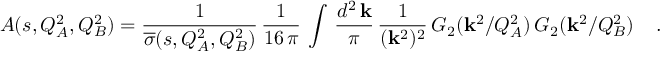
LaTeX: { \cal A } ( s , Q _ { A } ^ { 2 } , Q _ { B } ^ { 2 } ) = { \frac { 1 } { { \overline { { { \sigma } } } } ( s , Q _ { A } ^ { 2 } , Q _ { B } ^ { 2 } ) } } \, { \frac { 1 } { 1 6 \, \pi } } \, \int \, { \frac { d ^ { 2 } \, { \bf k } } { \pi } } \, { \frac { 1 } { ( { { \bf k } } ^ { 2 } ) ^ { 2 } } } \, G _ { 2 } ( { \bf k } ^ { 2 } / Q _ { A } ^ { 2 } ) \, G _ { 2 } ( { \bf k } ^ { 2 } / Q _ { B } ^ { 2 } ) \; \; \; \; .